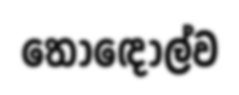
තොඳොල්ව